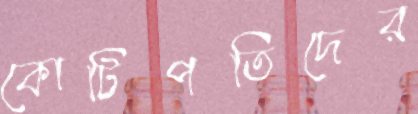
কোটিপতিদের